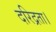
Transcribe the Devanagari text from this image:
दरिद्रता।